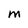
Character: M